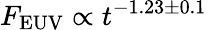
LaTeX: F_{\mathrm{EUV}}\propto t^{-1.23\pm 0.1}